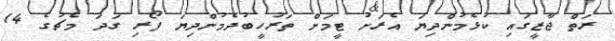
ރަތް ޖާޒީގައި ކުޅެމުންދިޔަ އެރަށު ޓީމަށް ތަރުހީބުދެމުންދިޔަ ފޯރި ގަދަ މެޗުގެ 14